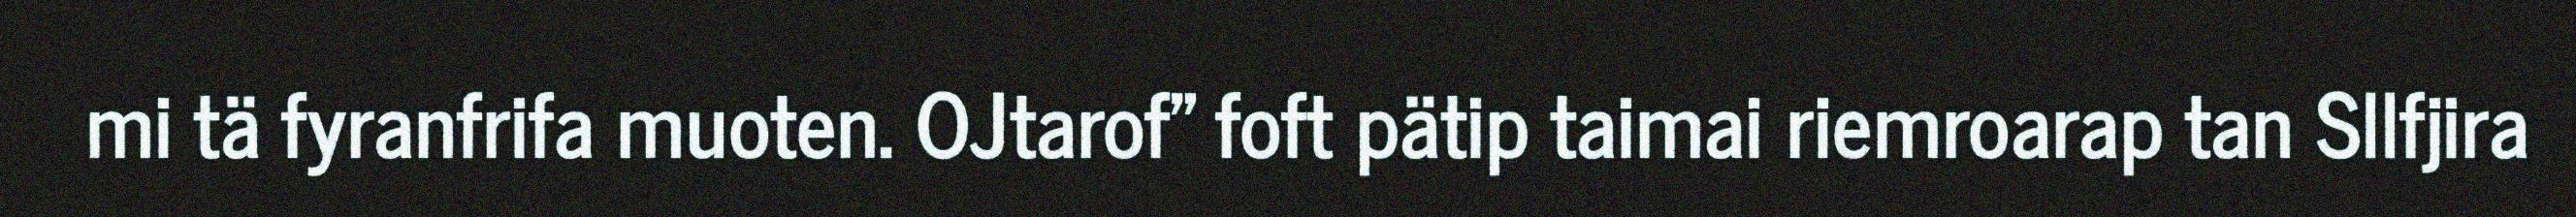
mi tä fyranfrifa muoten. OJtarof" foft pätip taimai riemroarap tan Sllfjira